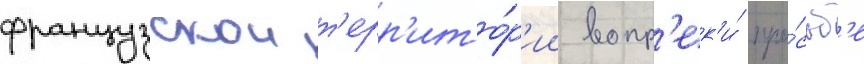
французскои т'ерр'ито́р'ии вопр'ек'и́ про́сьб'е